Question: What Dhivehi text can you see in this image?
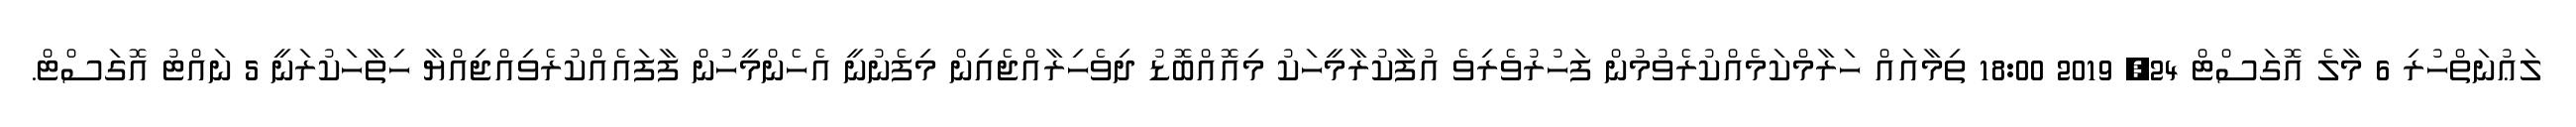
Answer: ލަޢުނަތްހުރި 6 މާލެ އޮގަސްޓް 24, 2019 18:00 ތިމާއައް ހަރާމްކަމެއްކުރެވުމުން ފަހުރުވެރިވެ އުފާކުރާމީހަކު މިއޮއްބޮޑު ދިވެހިރާއްޖެއިން މިފެނުނީ އެހެންމީހުން ފާފައެއްކުރެވިއްޖިއްޔާ ހިތާހަކުރަނީ 5 ނައްޓު އޮގަސްޓް.